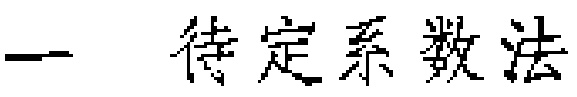
#NAME?